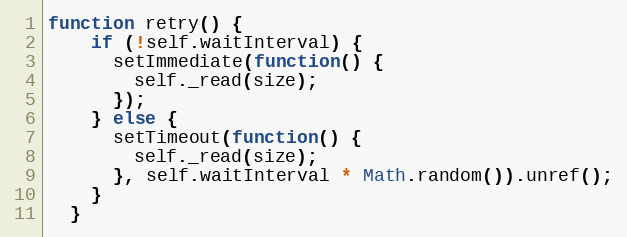
Language: JavaScript
function retry() {
    if (!self.waitInterval) {
      setImmediate(function() {
        self._read(size);
      });
    } else {
      setTimeout(function() {
        self._read(size);
      }, self.waitInterval * Math.random()).unref();
    }
  }